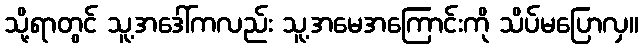
သို့ရာတွင် သူ့အဒေါ်ကလည်း သူ့အမေအကြောင်းကို သိပ်မပြောလှ။